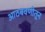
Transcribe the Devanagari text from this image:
आठबवणीतून